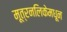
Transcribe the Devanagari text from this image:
मूत्रनलिकेमधून